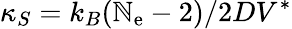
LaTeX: \kappa_{S}=k_{B}(\mathbb{N}_{\mathrm{e}}-2)/2DV^{\ast}